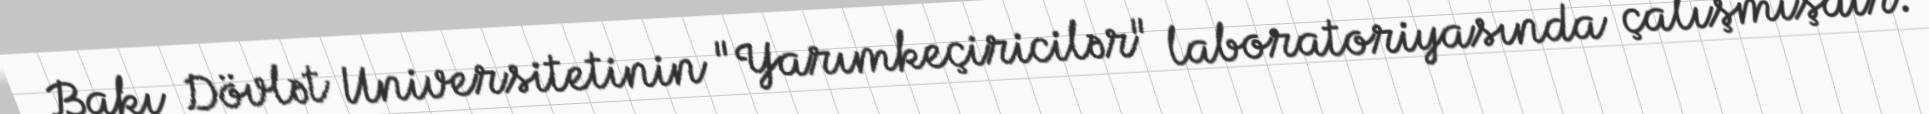
Bakı Dövlət Universitetinin "Yarımkeçiricilər" laboratoriyasında çalışmışdır.